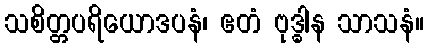
သစိတ္တပရိယောဒပနံ၊ ဧတံ ဗုဒ္ဓါန သာသနံ။